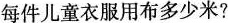
每件儿童衣服用布多少米?